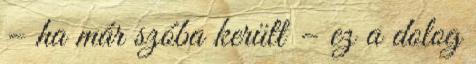
– ha már szóba került – ez a dolog